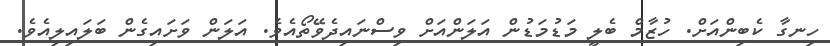
ހިނގާ ކެބިންއަށް. ހުޒާމް ބެލީ މަޑުމަޑުން އަލަންއަށް ވިސްނައިދެވޭތޯއެވެ. އަލަން ވަށައިގެން ބަލައިލިއެވެ.